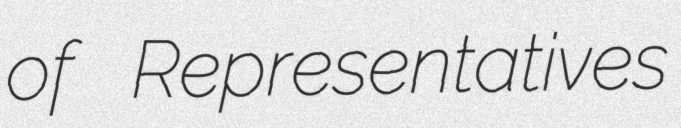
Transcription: of Representatives